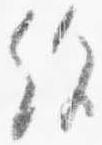
絶